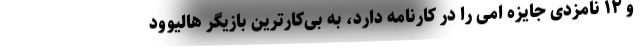
و ۱۲ نامزدی جایزه امی را در کارنامه دارد، به بی‌کارترین بازیگر هالیوود